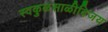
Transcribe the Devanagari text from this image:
स्वकुळसाळीविजय